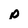
Character: p